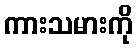
ကားသမားကို